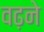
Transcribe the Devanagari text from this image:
वढ़ने